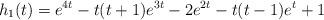
LaTeX: \begin{align*}h_1(t)=e^{4 t}- t(t+1)e^{3 t}-2 e^{2 t}- t(t-1)e^t +1\end{align*}